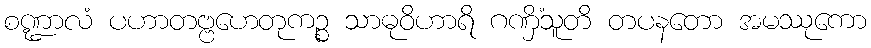
စဏ္ဍာလံ ပဟာတဗ္ဗဟေတုကဉ္စ သာဓုဝိဟာရိ ဂဏှိံသူတိ တပနတော အမဿုကော